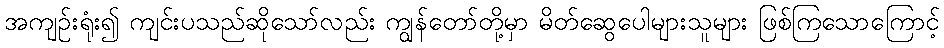
အကျဉ်းရုံး၍ ကျင်းပသည်ဆိုသော်လည်း ကျွန်တော်တို့မှာ မိတ်ဆွေပေါများသူများ ဖြစ်ကြသောကြောင့်